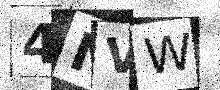
Text: 4NVW